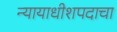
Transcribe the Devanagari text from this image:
न्यायाधीशपदाचा